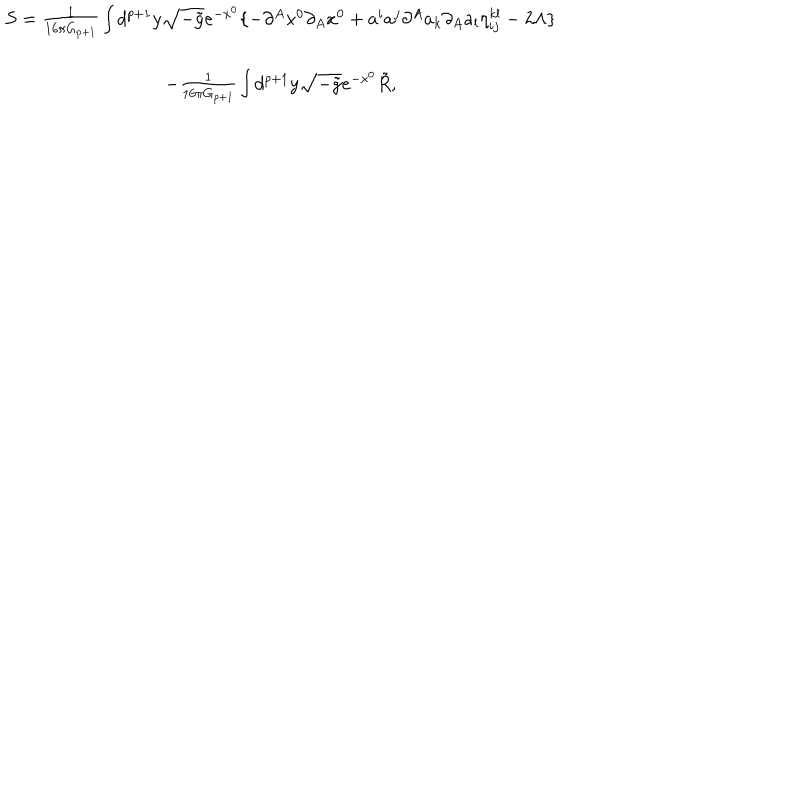
\begin{array} { c } { { S = \frac 1 { 1 6 \pi G _ { p + 1 } } \int d ^ { p + 1 } y \sqrt { - \tilde { g } } e ^ { - x ^ { 0 } } \{ - \partial ^ { A } x ^ { 0 } \partial _ { A } x ^ { 0 } + a ^ { i } a ^ { j } \partial ^ { A } a _ { k } \partial _ { A } a _ { l } \eta _ { i j } ^ { k l } - 2 \Lambda \} } } \\ { { - \frac 1 { 1 6 \pi G _ { p + 1 } } \int d ^ { p + 1 } y \sqrt { - \tilde { g } } e ^ { - x ^ { 0 } } \tilde { R } , } } \\ \end{array}